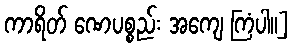
ကာရိတ် ဏေပစ္စည်း အကျေ ကြံပါ။]